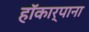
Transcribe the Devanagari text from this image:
हॉकार्पाना